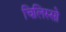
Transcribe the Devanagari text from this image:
चिलिस्सो